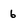
Character: 6